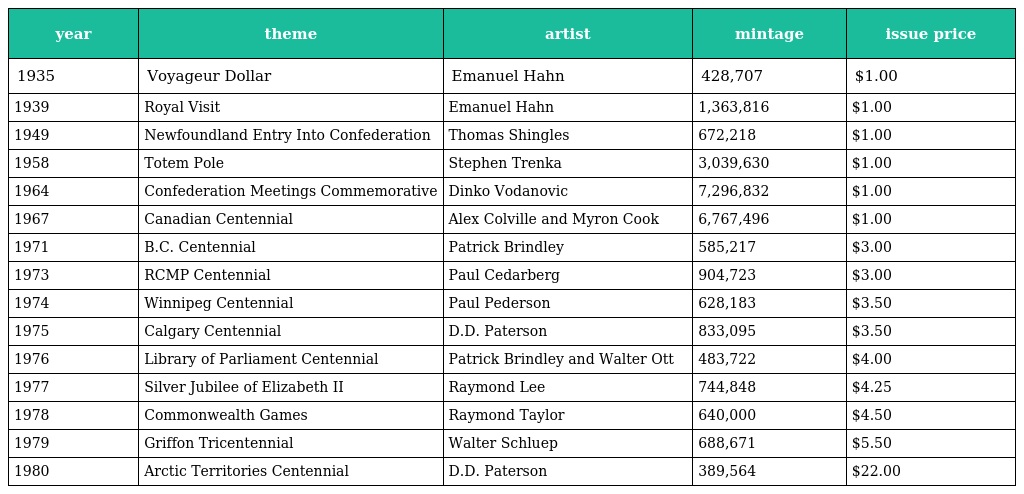
| year | theme | artist | mintage | issue price |
 | --- | --- | --- | --- | --- |
 | 1935 | Voyageur Dollar | Emanuel Hahn | 428,707 | $1.00 |
 | 1939 | Royal Visit | Emanuel Hahn | 1,363,816 | $1.00 |
 | 1949 | Newfoundland Entry Into Confederation | Thomas Shingles | 672,218 | $1.00 |
 | 1958 | Totem Pole | Stephen Trenka | 3,039,630 | $1.00 |
 | 1964 | Confederation Meetings Commemorative | Dinko Vodanovic | 7,296,832 | $1.00 |
 | 1967 | Canadian Centennial | Alex Colville and Myron Cook | 6,767,496 | $1.00 |
 | 1971 | B.C. Centennial | Patrick Brindley | 585,217 | $3.00 |
 | 1973 | RCMP Centennial | Paul Cedarberg | 904,723 | $3.00 |
 | 1974 | Winnipeg Centennial | Paul Pederson | 628,183 | $3.50 |
 | 1975 | Calgary Centennial | D.D. Paterson | 833,095 | $3.50 |
 | 1976 | Library of Parliament Centennial | Patrick Brindley and Walter Ott | 483,722 | $4.00 |
 | 1977 | Silver Jubilee of Elizabeth II | Raymond Lee | 744,848 | $4.25 |
 | 1978 | Commonwealth Games | Raymond Taylor | 640,000 | $4.50 |
 | 1979 | Griffon Tricentennial | Walter Schluep | 688,671 | $5.50 |
 | 1980 | Arctic Territories Centennial | D.D. Paterson | 389,564 | $22.00 |